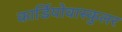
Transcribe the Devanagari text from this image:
कार्डियोवास्कुलर